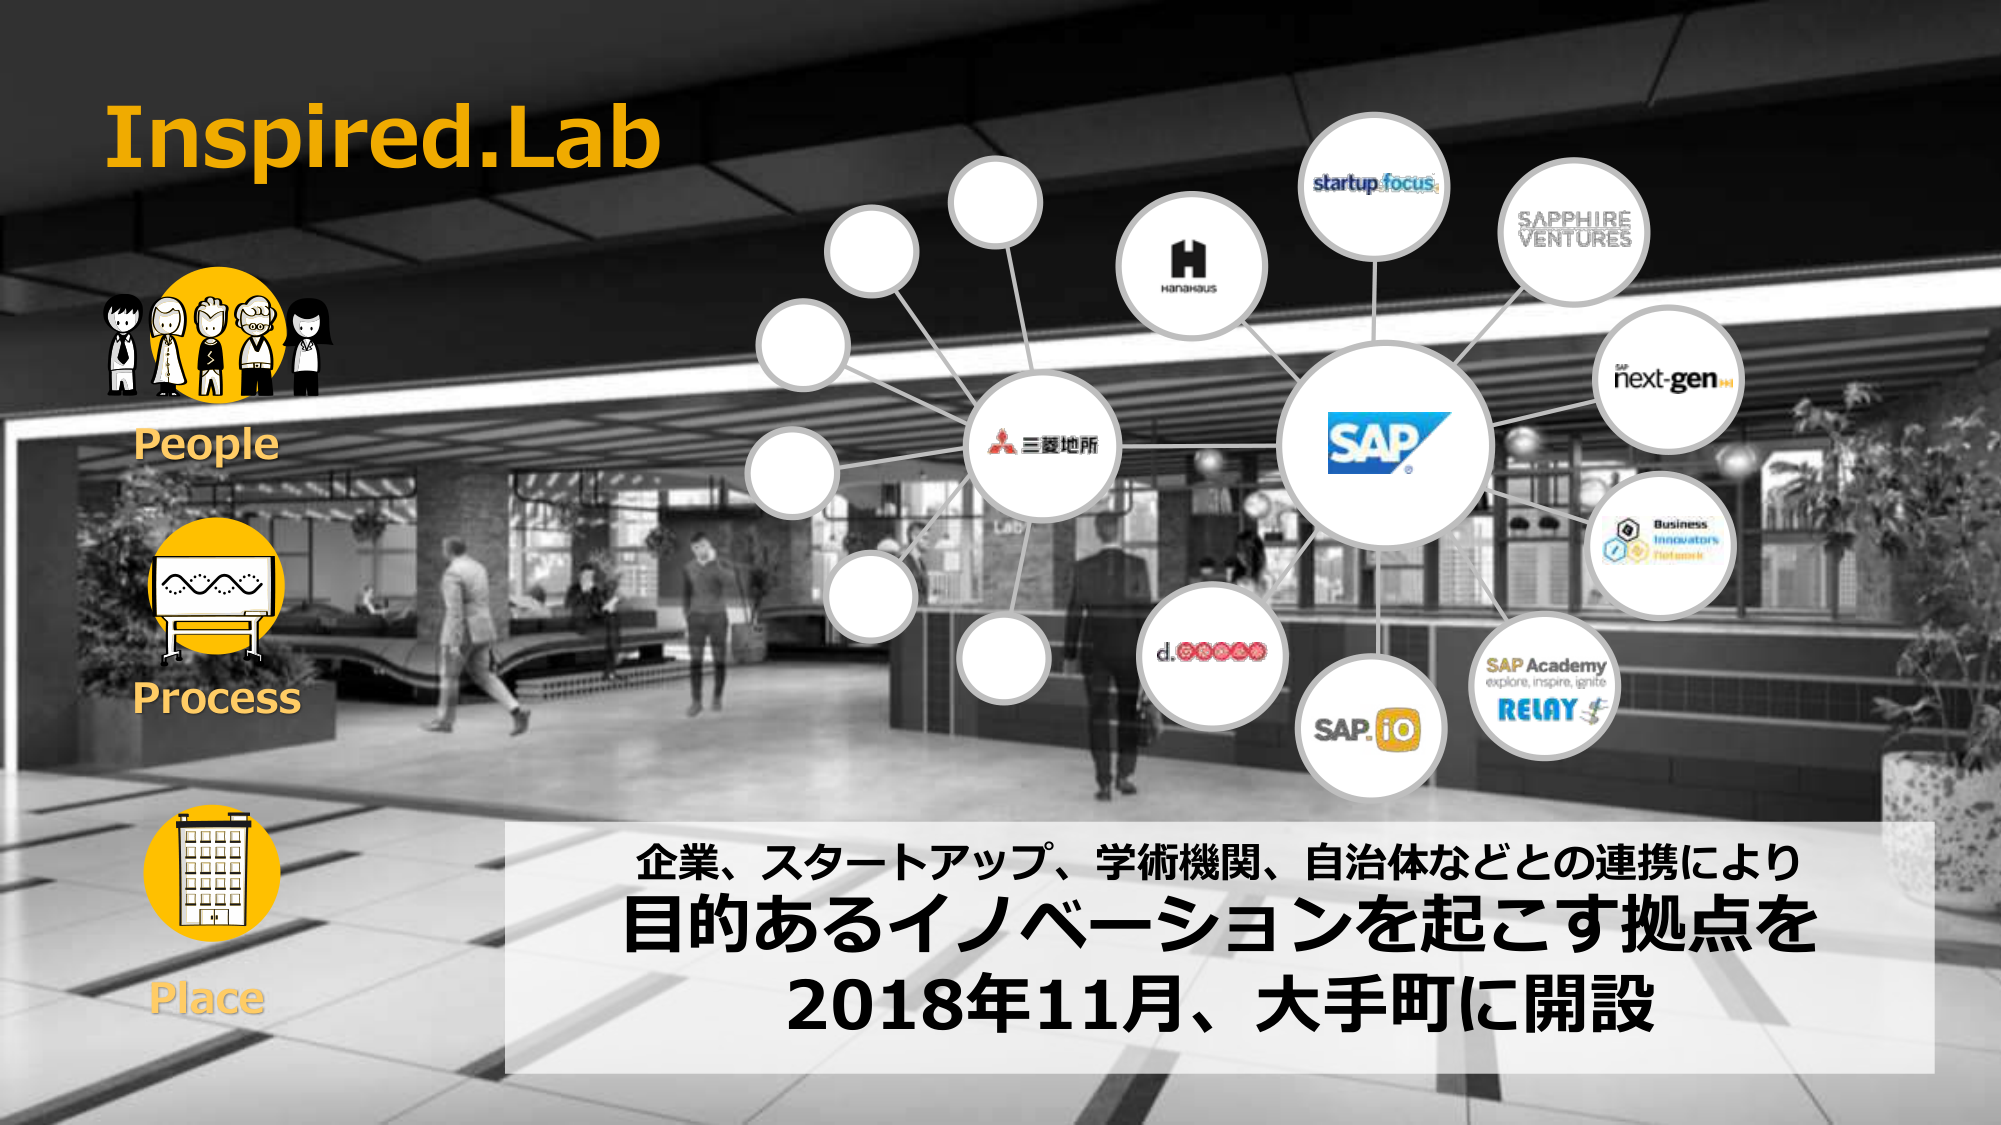
Inspired.Lab
People
Process
Place
三菱地所
HANAHaus
startup focus
SAPPHIRE VENTURES
next-gen
SAP
Business Innovators Network
d.
SAP.io
SAP Academy
explore, inspire, ignite
RELAY
企業、スタートアップ、学術機関、自治体などとの連携により
目的あるイノベーションを起こす拠点を
2018年11月、大手町に開設